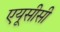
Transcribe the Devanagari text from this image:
एयूसीसी